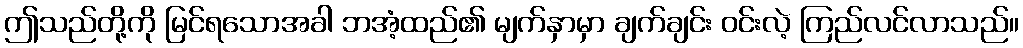
ဤသည်တို့ကို မြင်ရသောအခါ ဘအံ့ထည်၏ မျက်နှာမှာ ချက်ချင်း ဝင်းလဲ့ ကြည်လင်လာသည်။